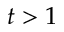
t > 1